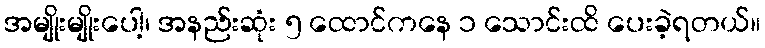
အမျိုးမျိုးပေါ့၊ အနည်းဆုံး ၅ ထောင်ကနေ ၁ သောင်းထိ ပေးခဲ့ရတယ်။